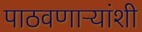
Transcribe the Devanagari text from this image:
पाठवणाऱ्यांशी